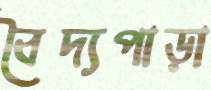
বৈদ্যপাড়া